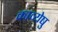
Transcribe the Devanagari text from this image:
काव्येषु